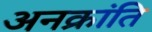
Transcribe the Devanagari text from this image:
अनक्रांति